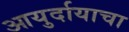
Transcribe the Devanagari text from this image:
आयुर्दायाचा